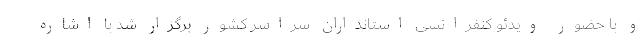
و با حضور ویدئو کنفرانسی استانداران سراسر کشور برگزار شد با اشاره